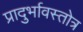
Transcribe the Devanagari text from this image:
प्रादुर्भावस्तोत्र